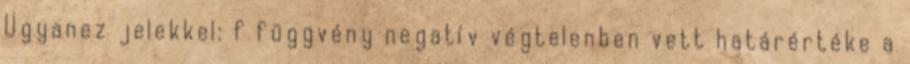
Ugyanez jelekkel: f függvény negatív végtelenben vett határértéke a